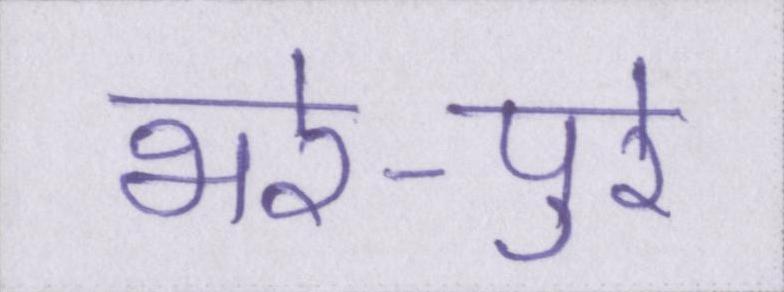
भरे-पुरे